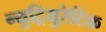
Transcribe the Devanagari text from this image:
न्युट्रियुरेटिक